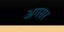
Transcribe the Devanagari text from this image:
अगसर